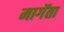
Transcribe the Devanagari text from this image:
मागॅता